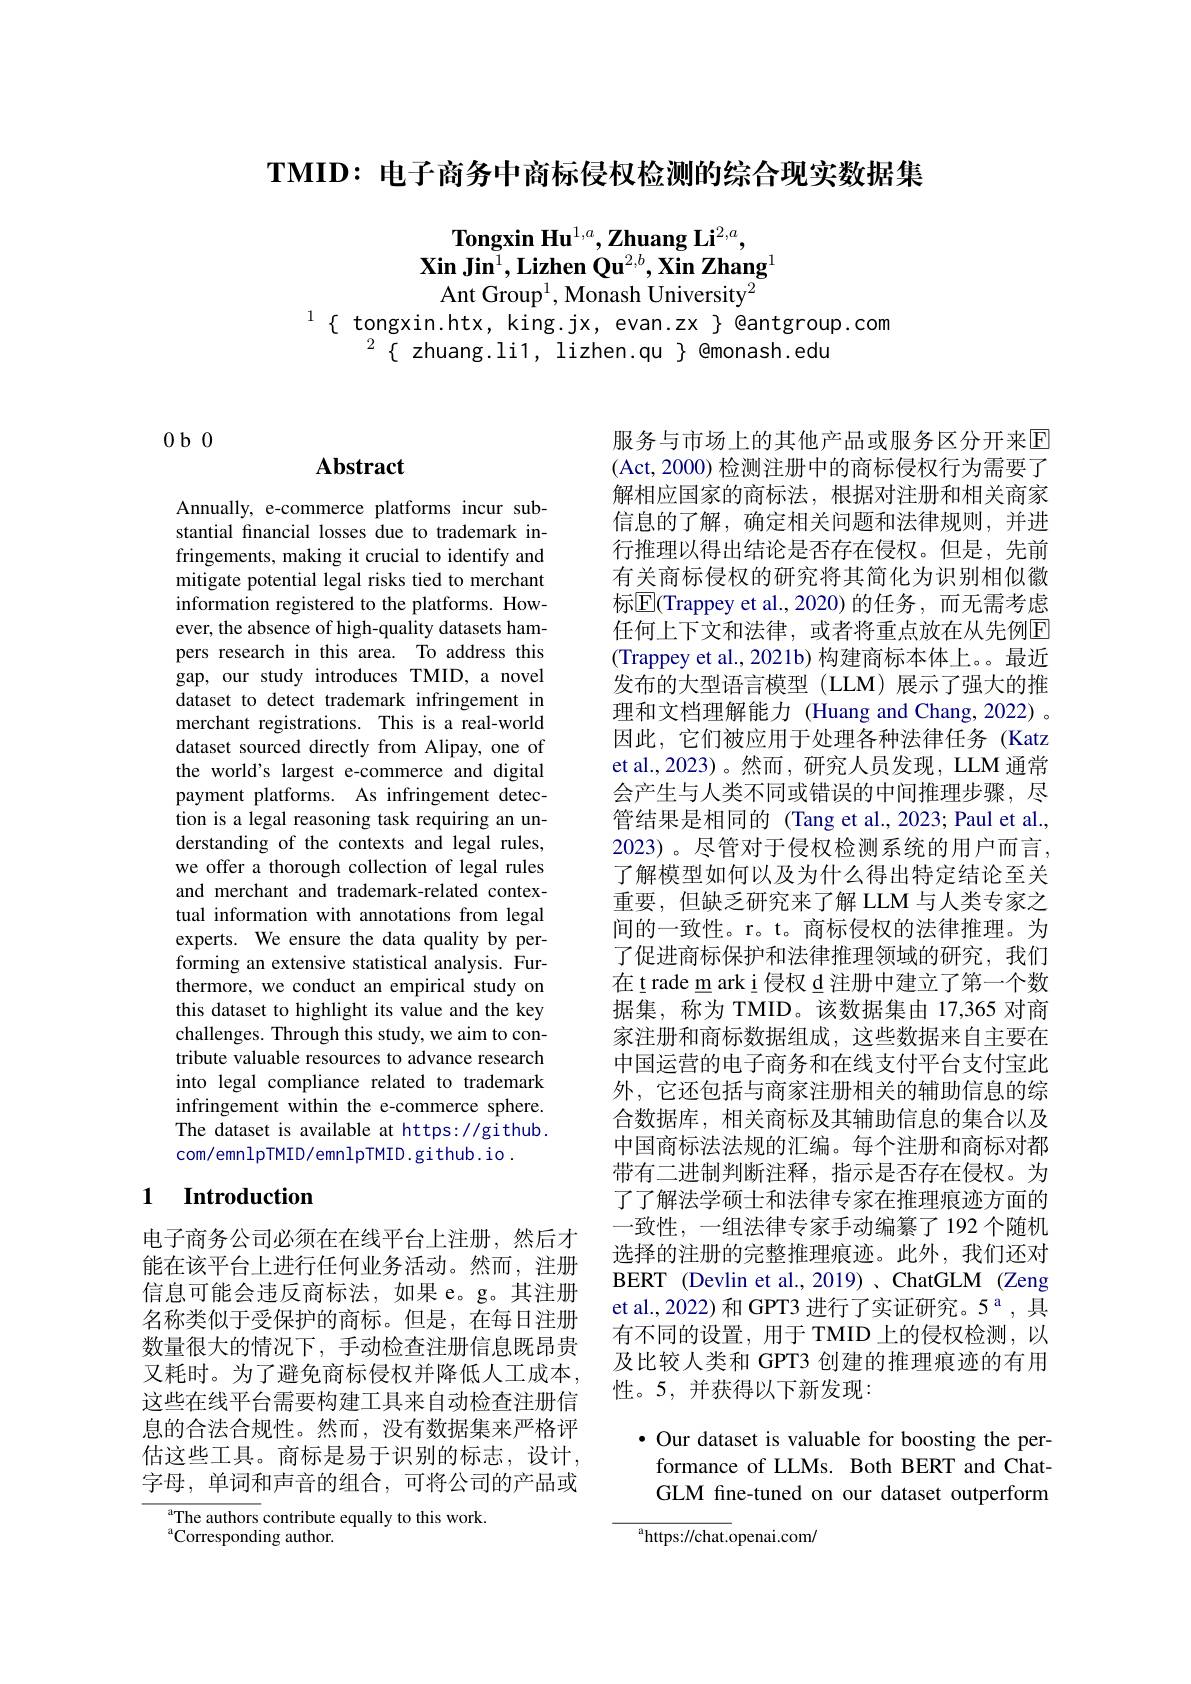
TMID: 电子商务中商标侵权检测的综合现实数据集

$\textbf{Tongxin Hu}^{1,a},\textbf{Zhuang Li}^{2,a}$,
$\textbf{Xin Jin}^1,\textbf{Lizhen Qu}^{2,b},\textbf{Xin Zhang}^1$
Ant Group$^1$,Monash University$^2$
$^{1}\{$ tongxin.htx, king.jx, evan.zx $\}$ @antgroup.com
$^{2}\{$ zhuang.li1, lizhen.qu $\}$ @monash.edu

$0b0$

## $\mathbf{Abstract}$

Annually, e-commerce platforms incur substantial financial losses due to trademark infringements, making it crucial to identify and mitigate potential legal risks tied to merchant information registered to the platforms. However, the absence of high-quality datasets hampers research in this area. To address this gap, our study introduces TMID, a novel dataset to detect trademark infringement in merchant registrations. This is a real-world dataset sourced directly from Alipay, one of the world's largest e-commerce and digital payment platforms. As infringement detection is a legal reasoning task requiring an understanding of the contexts and legal rules, we offer a thorough collection of legal rules and merchant and trademark-related contextual information with annotations from legal experts. We ensure the data quality by performing an extensive statistical analysis. Furthermore, we conduct an empirical study on this dataset to highlight its value and the key challenges. Through this study, we aim to contribute valuable resources to advance research into legal compliance related to trademark infringement within the e-commerce sphere. The dataset is available at https://github. com/emnlpTMID/emnlpTMID.github.io.

## 1 $\textbf{Introduction}$

电子商务公司必须在在线平台上注册，然后才能在该平台上进行任何业务活动。然而，注册信息可能会违反商标法，如果 e。g。其注册名称类似于受保护的商标。但是，在每日注册数量很大的情况下，手动检查注册信息既昂贵又耗时。为了避免商标侵权并降低人工成本， 这些在线平台需要构建工具来自动检查注册信息的合法合规性。然而，没有数据集来严格评估这些工具。商标是易于识别的标志，设计， 字母，单词和声音的组合，可将公司的产品或

$\mathrm{a}_{\mathrm{The~authors~contribute~equally~to~this~work.}}$
$^{\mathrm{a}}$Corresponding author.

服务与市场上的其他产品或服务区分开来回(Act, 2000) 检测注册中的商标侵权行为需要了解相应国家的商标法，根据对注册和相关商家信息的了解，确定相关问题和法律规则，并进行推理以得出结论是否存在侵权。但是，先前有关商标侵权的研究将其简化为识别相似徽标$\boxed{\mathrm{E}}($Trappey et al.,2020)的任务，而无需考虑任何上下文和法律，或者将重点放在从先例回(Trappey et al., 2021b) 构建商标本体上。。最近发布的大型语言模型(LLM)展示了强大的推理和文档理解能力 (Huang and Chang, 2022) 。因此，它们被应用于处理各种法律任务(Katz) et al., 2023)。然而，研究人员发现，LLM 通常会产生与人类不同或错误的中间推理步骤，尽管结果是相同的(Tang et al.,2023; Paul et al., 2023)。尽管对于侵权检测系统的用户而言， 了解模型如何以及为什么得出特定结论至关重要，但缺乏研究来了解 LLM 与人类专家之间的一致性。r。t。商标侵权的法律推理。为了促进商标保护和法律推理领域的研究，我们在trade m ark i 侵权 d 注册中建立了第一个数据集，称为 TMID。该数据集由 17,365 对商家注册和商标数据组成，这些数据来自主要在中国运营的电子商务和在线支付平台支付宝此外，它还包括与商家注册相关的辅助信息的综合数据库，相关商标及其辅助信息的集合以及中国商标法法规的汇编。每个注册和商标对都带有二进制判断注释，指示是否存在侵权。为了了解法学硕士和法律专家在推理痕迹方面的一致性，一组法律专家手动编纂了192 个随机选择的注册的完整推理痕迹。此外，我们还对BERT (Devlin et al.,2019)、ChatGLM (Zeng et al., 2022) 和 GPT3 进行了实证研究。5$^\mathrm{a}$,具有不同的设置，用于 TMID 上的侵权检测，以及比较人类和 GPT3 创建的推理痕迹的有用性。5,并获得以下新发现：
· Our dataset is valuable for boosting the per-

formance of LLMs. Both BERT and ChatGLM fine-tuned on our dataset outperform

$^{\mathrm{a}}$https://chat.openai.com/